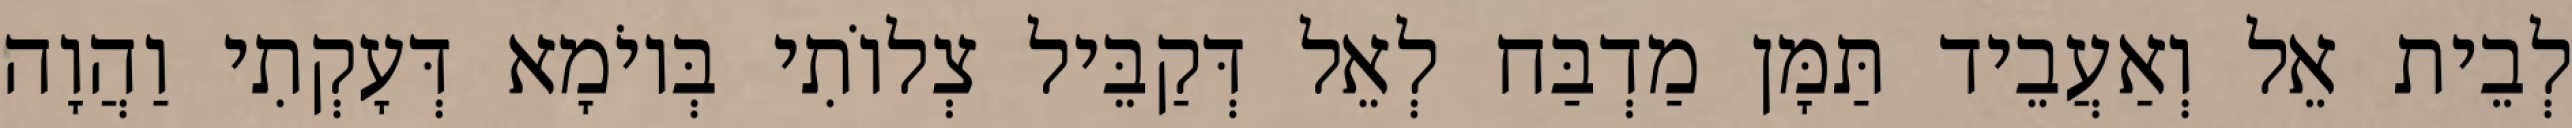
לְבֵית אֵל וְאַעֲבֵיד תַּמָּן מַדְבַּח לְאֵל דְּקַבֵּיל צְלוֹתִי בְּיוֹמָא דְּעָקְתִי וַהֲוָה